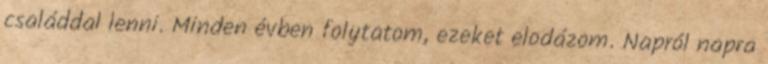
családdal lenni. Minden évben folytatom, ezeket elodázom. Napról napra